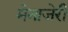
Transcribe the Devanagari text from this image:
मेनाजेरी